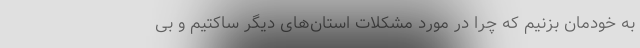
به خودمان بزنیم که چرا در مورد مشکلات استان‌های دیگر ساکتیم و بی‌